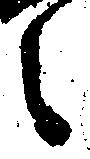
之